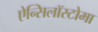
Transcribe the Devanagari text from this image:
ऐन्सिलॉस्टोमा